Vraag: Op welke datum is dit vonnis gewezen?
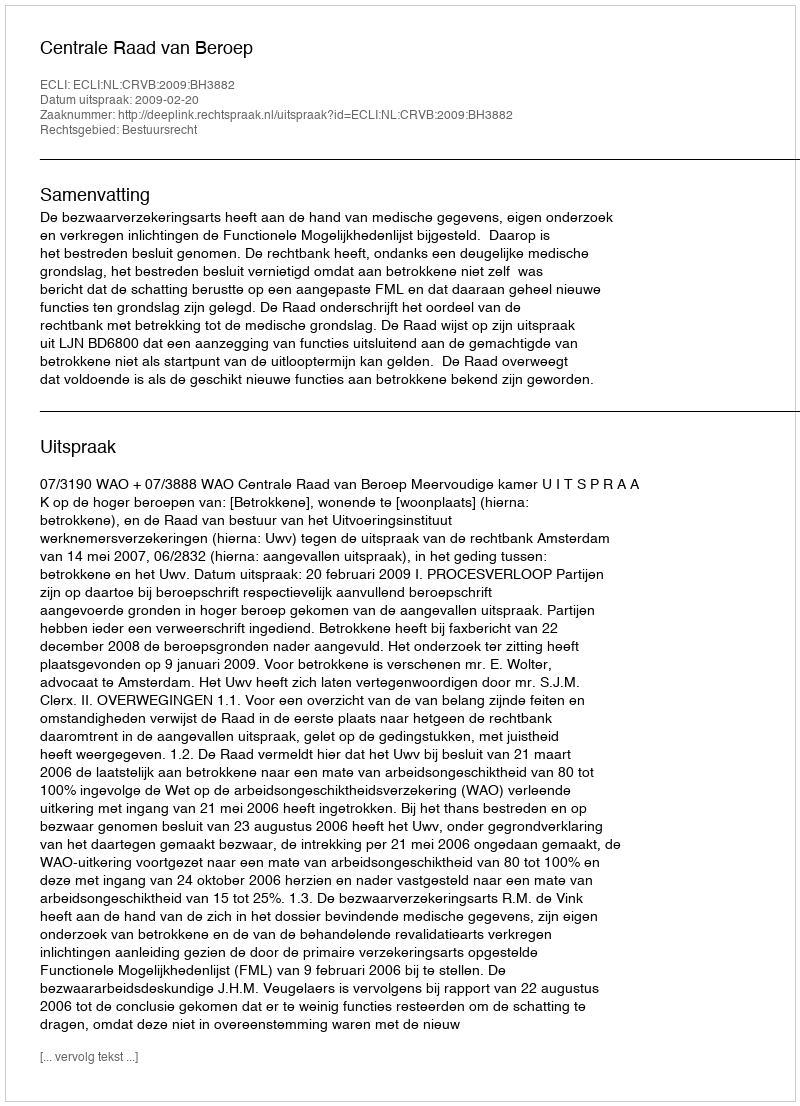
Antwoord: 2009-02-20